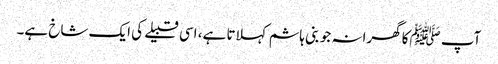
آپ ﷺکا گھرانہ جو بنی ہاشم کہلاتا ہے، اسی قبیلے کی ایک شاخ ہے۔